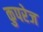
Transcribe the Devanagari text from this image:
कुपरेज